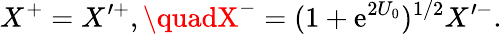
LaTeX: X^{+}=X^{\prime+},\quadX^{-}=(1+\mathrm{e}^{2U_{0}})^{1/2}X^{\prime-}.